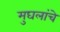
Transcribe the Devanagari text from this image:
मुघलांचे